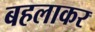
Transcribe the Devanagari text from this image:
बहलाकर